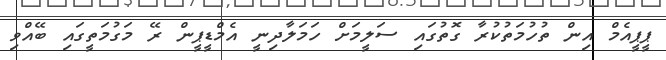
ޕީޕީއެމް އިން ތުހުމަތުކުރާ ގޮތުގައި ސަލީމަށް ހަމަލާދިނީ އެމްޑީޕީން ރޭ މަގުމަތީގައި ބޭއްވި